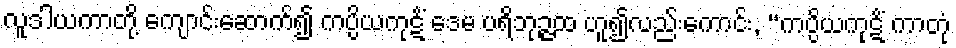
လူဒါယကာတို့ ကျောင်းဆောက်၍ ကပ္ပိယကုဋိံ ဒေမ ပရိဘုဉ္ဇထ ဟူ၍လည်းကောင်း, “ကပ္ပိယကုဋိံ ကာတုံ